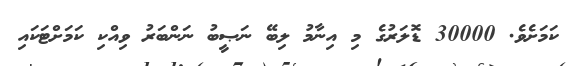
ކަމަށެވެ. 30000 ޑޮލަރުގެ މި އިނާމު ލިބޭ ނަޞީބު ނަންބަރު ވިއްކި ކަމަށްޓަކައި